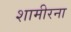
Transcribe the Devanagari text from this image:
शामीरना